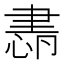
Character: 𦘜